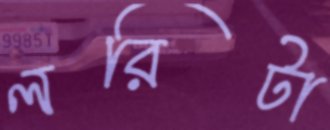
লরিটা